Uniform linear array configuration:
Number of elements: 16
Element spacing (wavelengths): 0.5
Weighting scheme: uniform
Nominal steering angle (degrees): -60
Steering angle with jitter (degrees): -59.606
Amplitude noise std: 0.05
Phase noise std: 0.05

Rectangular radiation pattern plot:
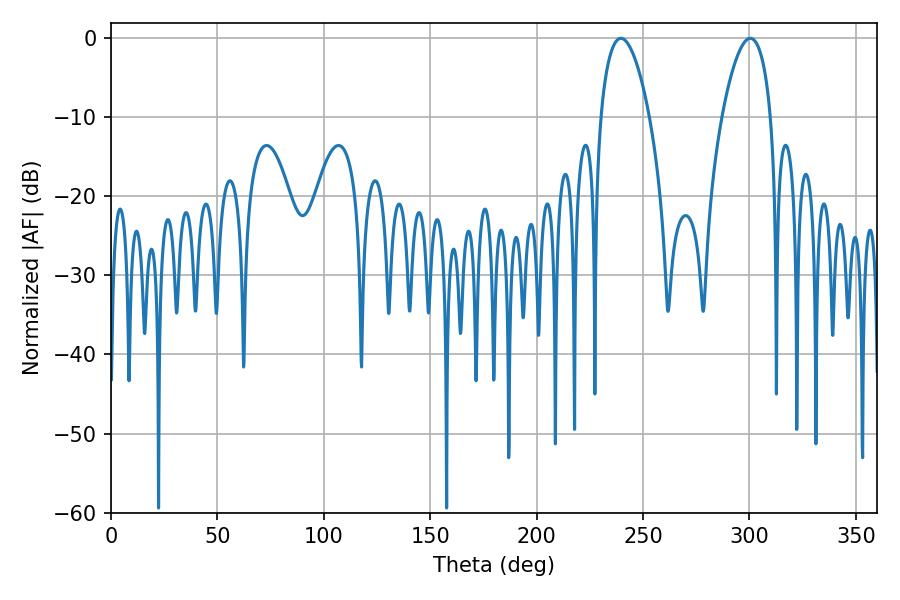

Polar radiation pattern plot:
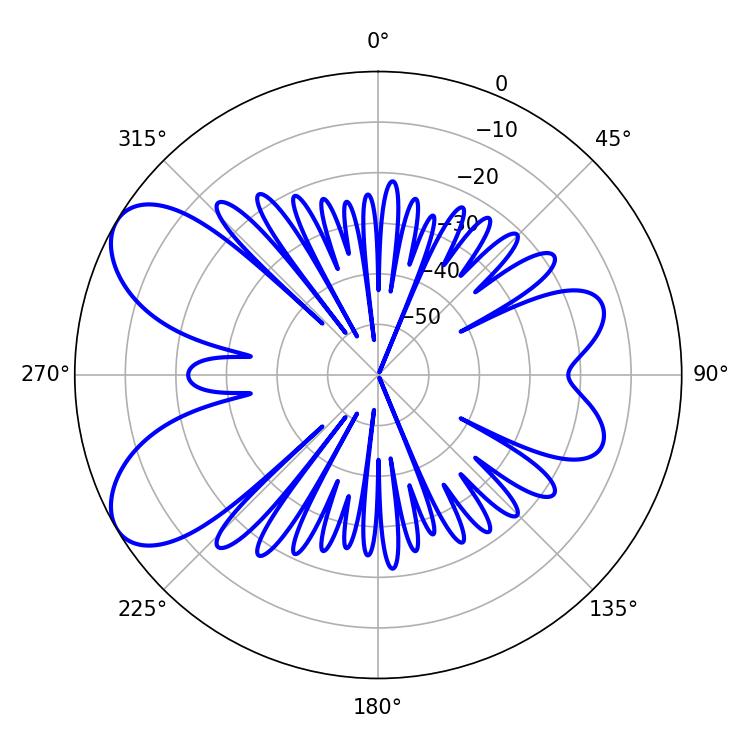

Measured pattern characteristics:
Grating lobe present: FALSE
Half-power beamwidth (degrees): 12.78
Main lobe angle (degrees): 239.58